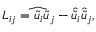
\begin{array} { r } { L _ { i j } = \widehat { \tilde { u } _ { i } \tilde { u } _ { j } } - \hat { \tilde { u } } _ { i } \hat { \tilde { u } } _ { j } , } \end{array}